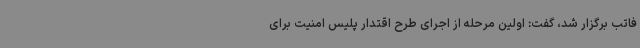
فاتب برگزار شد، گفت: اولین مرحله از اجرای طرح اقتدار پلیس امنیت برای